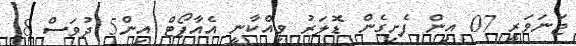
ޖަނަވަރީ 07 އިން ފެށިގެން ޑޮލަރު ވިއްކާނީ އެއާޕޯޓް އިން5 ދުވަސް 8